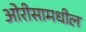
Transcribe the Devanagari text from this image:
ओरीसामधील